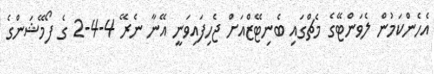
އެހެންކަމުން ލެވަންޓޭގެ މެޗްގައި ބެނިޓޭޒްއަށް ޖެހިފައިވަނީ އޭނާ ނެރޭ 4-4-2 ގެ ފޯމޭޝަންގެ